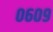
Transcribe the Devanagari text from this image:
०६०९